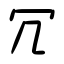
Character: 冗